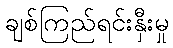
ချစ်ကြည်ရင်းနှီးမှု